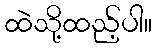
ထဲသို့ထည့်ပါ။